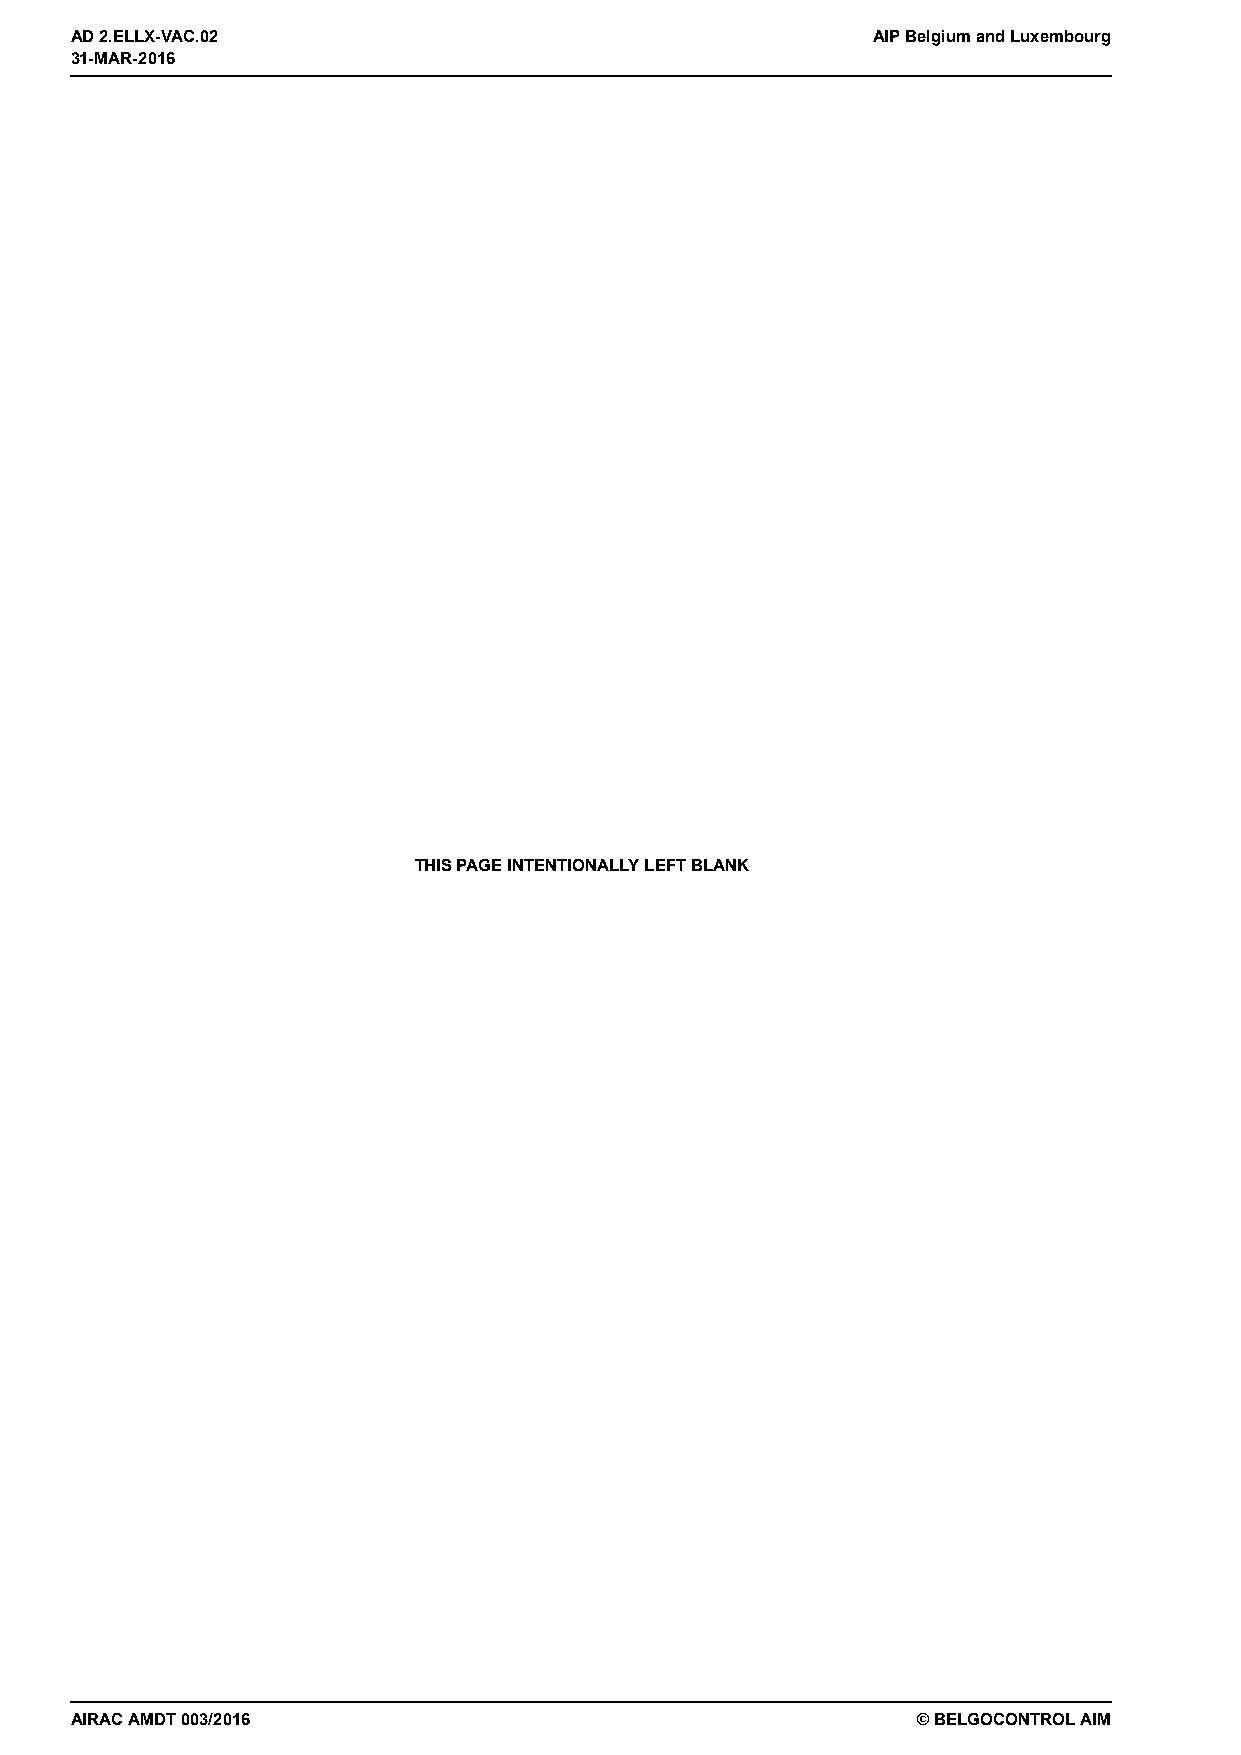
31-MAR-2016
 AD 2.ELLX-VAC.02                                     AIP Belgium and Luxembourg
 31-MAR-2016
 THIS PAGE INTENTIONALLY LEFT BLANK
 AIRAC AMDT 003/2016                                     © BELGOCONTROL AIM